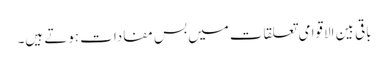
باقی بین الاقوامی تعلقات میں بس مفادات ہوتے ہیں۔